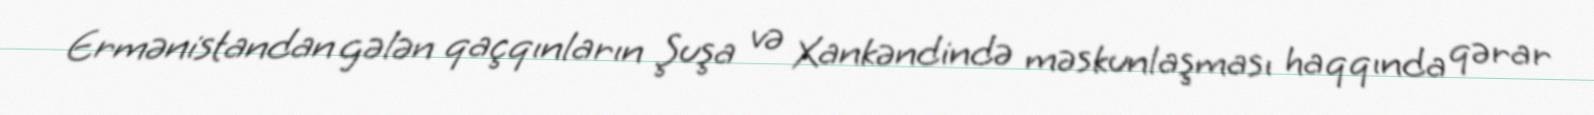
Ermənistandan gələn qaçqınların Şuşa və Xankəndində məskunlaşması haqqında qərar